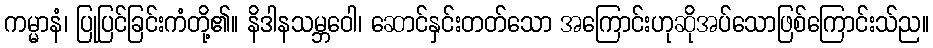
ကမ္မာနံ၊ ပြုပြင်ခြင်းကံတို့၏။ နိဒါနသမ္ဘဝေါ၊ ဆောင်နှင်းတတ်သော အကြောင်းဟုဆိုအပ်သောဖြစ်ကြောင်းသ်ည။